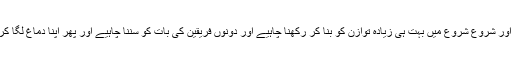
اگر کسی ایک طرف جھکائو ہوگیا تو اس سے بڑی دقتیں پیدا ہو جاتی ہیں اور شروع شروع میں بہت ہی زیادہ توازن کو بنا کر رکھنا چاہیے اور دونوں فریقین کی بات کو سننا چاہیے اور پھر اپنا دماغ لگا کر اس کا تجزیہ کرنا چاہیے کہ کون سا فریق صحیح ہے اور کون غلط ہے۔